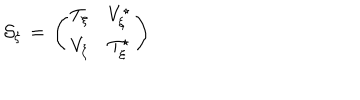
{ \cal S } _ { \xi } \, = \, \left( \begin{matrix} { { T _ { \xi } } } & { { V _ { \xi } ^ { \star } } } \\ { { V _ { \xi } } } & { { T _ { \xi } ^ { \star } } } \\ \end{matrix} \right)